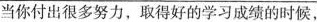
当你付出很多努力，取得好的学习成绩的时候，